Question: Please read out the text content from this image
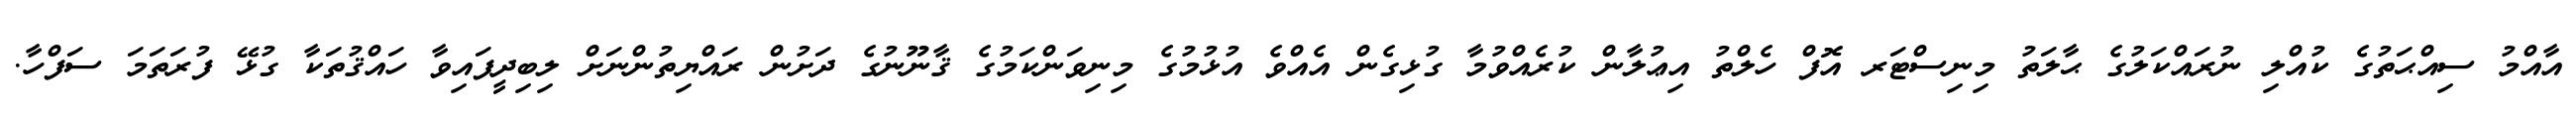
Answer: އާއްމު ސިއްޙަތުގެ ކުއްލި ނުރައްކަލުގެ ޙާލަތު މިނިސްޓަރ އޮފް ހެލްތު އިޢުލާން ކުރެއްވުމާ ގުޅިގެން އެއްވެ އުޅުމުގެ މިނިވަންކަމުގެ ޤާނޫނުގެ ދަށުން ރައްޔިތުންނަށް ލިބިދީފައިވާ ހައްޤުތަކާ ގުޅޭ ފުރަތަމަ ސަފްހާ.